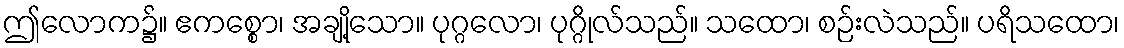
ဤလောက၌။ ဧကစ္စော၊ အချို့သော။ ပုဂ္ဂလော၊ ပုဂ္ဂိုလ်သည်။ သထော၊ စဉ်းလဲသည်။ ပရိသထော၊